Civil Veterinary Dept. North-West Frontier Province 1901-22 - 1901-1922
Year: 1901
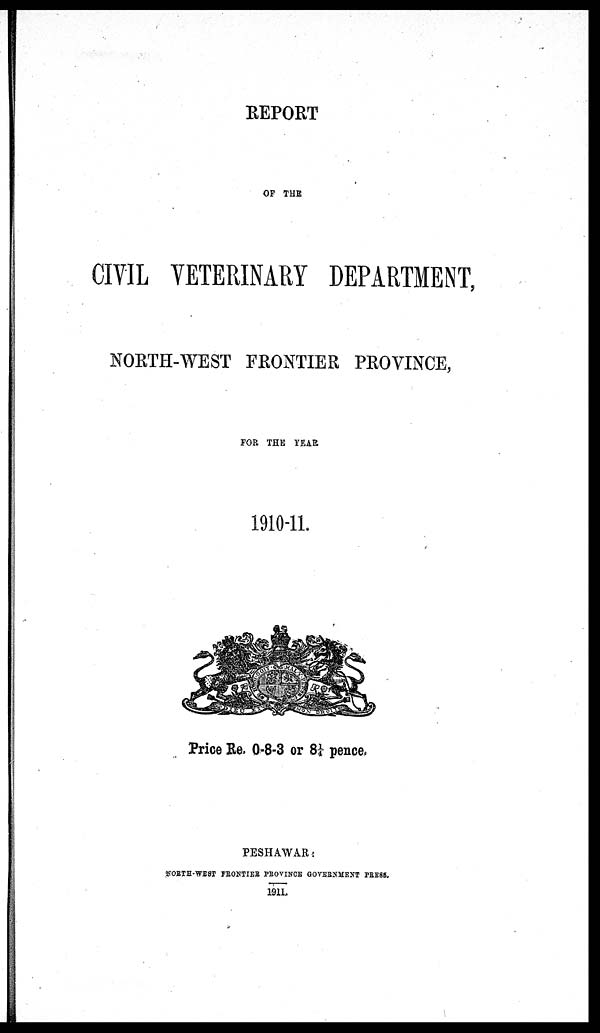
REPORT
OF THE
CIVIL VETERINARY DEPARTMENT,
NORTH-WEST FRONTIER PROVINCE,
FOR THE YEAR
1910-11.
Price Re. 0-8-3 or 8¼ pence.
PESHAWAR.
NORTH-WEST FRONTIER PROVINCE GOVERNMENT PRESS.
1911.